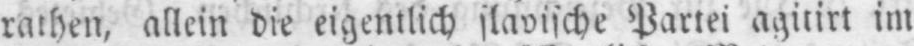
rathen, allein die eigentlich slavische Partei agitirt im